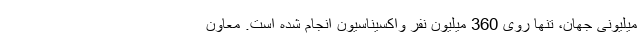
میلیونی جهان، تنها روی 360 میلیون نفر واکسیناسیون انجام شده است. معاون